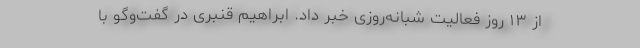
از ۱۳ روز فعالیت شبانه‌روزی خبر داد. ابراهیم قنبری در گفت‌وگو با